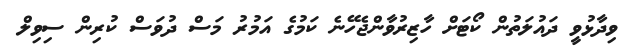
ވިދާޅުވީ ދައުލަތުން ކޯޓަށް ހާޒިރުވާންޖެހޭނެ ކަމުގެ އަމުރު މަސް ދުވަސް ކުރިން ސިވިލް